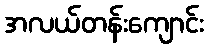
အလယ်တန်းကျောင်း